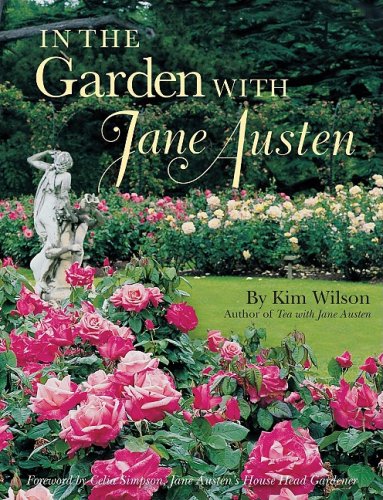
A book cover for In the Garden with Jane Austen; Kim Wilson; Crafts, Hobbies & Home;